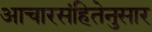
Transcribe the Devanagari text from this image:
आचारसंहितेनुसार